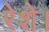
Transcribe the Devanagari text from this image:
रेशे।